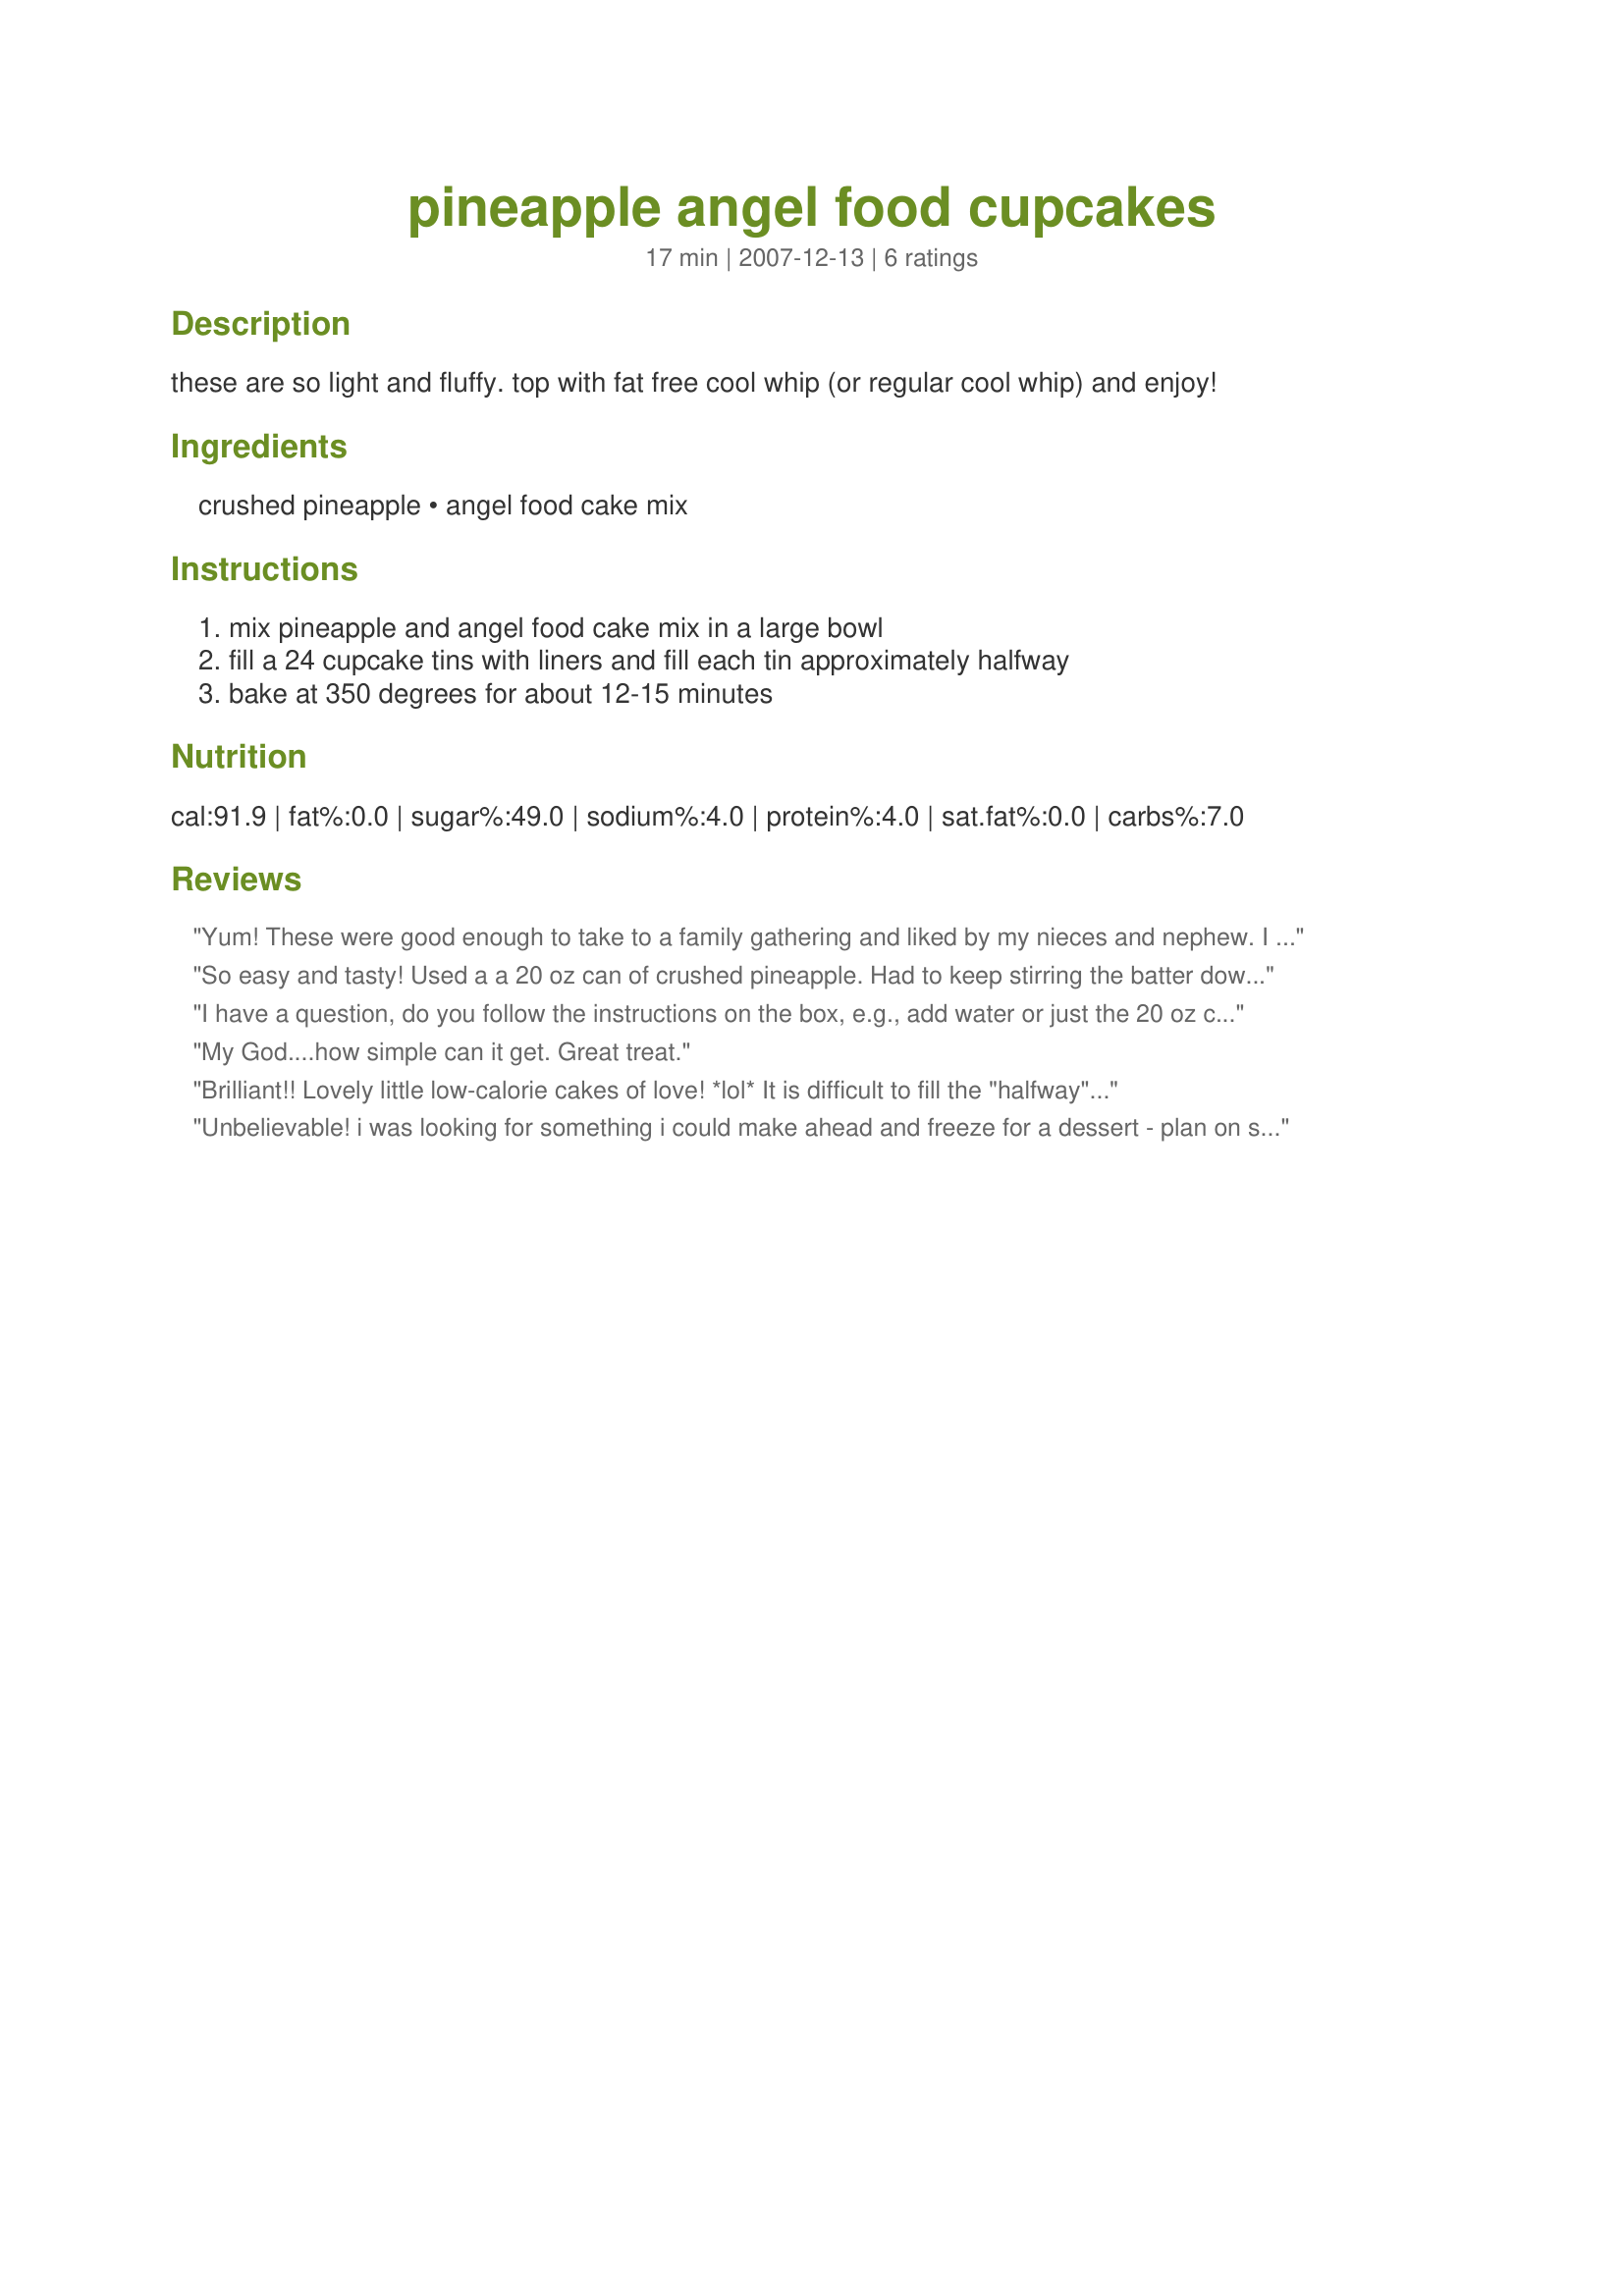
pineapple angel food cupcakes
Preparation time: 17 minutes

these are so light and fluffy. top with fat free cool whip (or regular cool whip) and enjoy!

Ingredients:
crushed pineapple, angel food cake mix

Steps:
mix pineapple and angel food cake mix in a large bowl, fill a 24 cupcake tins with liners and fill each tin approximately halfway, bake at 350 degrees for about 12-15 minutes

Reviews:
Yum! These were good enough to take to a family gathering and liked by my nieces and nephew. I couldn&#039;t resist making flour frosting to top these. Thank you!
So easy and tasty! Used a a 20 oz can of crushed pineapple. Had to keep stirring the batter down because it kept fluffing up. I would try freezing them but I have a feeling they are all going to go quickly at work tomorrow!
I have a question, do you follow the instructions on the box, e.g., add water or just the 20 oz can of crushed pineapple? Thanks
My God....how simple can it get. Great treat.
Brilliant!! Lovely little low-calorie cakes of love! *lol*

It is difficult to fill the "halfway" because of how "poofy" the batter is. I filled mine pretty full and they turned out fine.
Unbelievable! i was looking for something i could make ahead and freeze for a dessert - plan on serving with strawberries and whipped cream for a really light dessert......Delicious thanks...oh and i filled the cupcake full and it made 24 and cooked a bit longer then it said......
